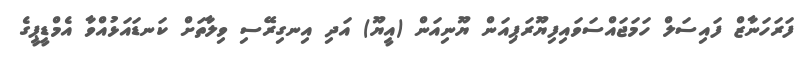
ފަރަހަނާޒް ފައިސަލް ހަމަޖައްސަވައިފިޔޫރަޕިއަން ޔޫނިއަން (އީޔޫ) އަދި އިނގިރޭސި ވިލާތަށް ކަނޑައަޅުއްވާ އެމްޑީޕީގެ